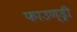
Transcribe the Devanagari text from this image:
फाउण्ड्री